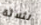
لثلاثة